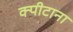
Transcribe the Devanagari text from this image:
क्पीटाना